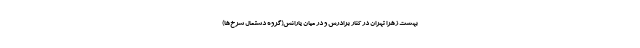
بهشت زهرا تهران در کنار برادرش و در میان یارانش(گروه دستمال سرخ‌ها)